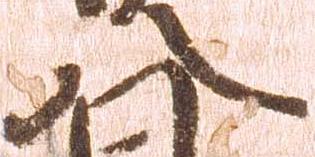
八